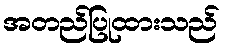
အတည်ပြုထားသည်